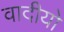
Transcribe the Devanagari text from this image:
वादीयो